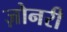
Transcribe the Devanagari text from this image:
ज़ोनरी